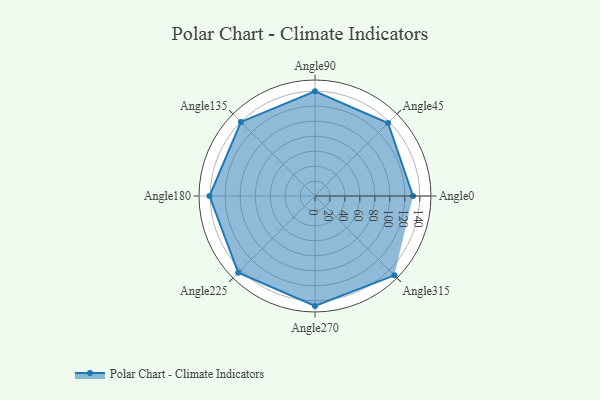
{"axis": {"x": "Angle", "y": "Radius"}, "legend": [""], "data": [{"x": "Angle0", "y": 131.0, "type": ""}, {"x": "Angle45", "y": 138.0, "type": ""}, {"x": "Angle90", "y": 140.0, "type": ""}, {"x": "Angle135", "y": 140.0, "type": ""}, {"x": "Angle180", "y": 141.0, "type": ""}, {"x": "Angle225", "y": 145.0, "type": ""}, {"x": "Angle270", "y": 147.0, "type": ""}, {"x": "Angle315", "y": 150.0, "type": ""}]}